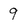
Character: 9